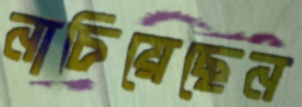
নাচিয়েছেন